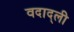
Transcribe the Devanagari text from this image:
वदाद्ली